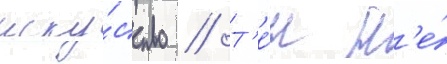
иску́сство // Т'е́м н'е́